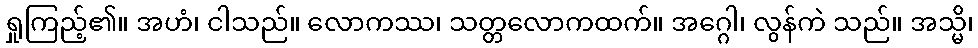
ရှုကြည့်၏။ အဟံ၊ ငါသည်။ လောကဿ၊ သတ္တလောကထက်။ အဂ္ဂေါ၊ လွန်ကဲ သည်။ အသ္မိ၊